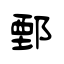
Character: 鄄